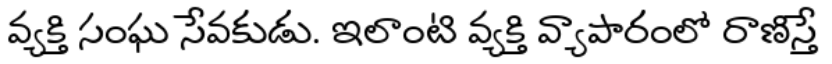
వ్యక్తి సంఘ సేవకుడు. ఇలాంటి వ్యక్తి వ్యాపారంలో రాణిస్తే